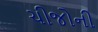
ચીજોની